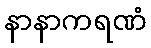
နာနာကရဏံ